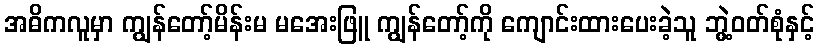
အဓိကလူမှာ ကျွန်တော့်မိန်းမ မအေးဖြူ ကျွန်တော့်ကို ကျောင်းထားပေးခဲ့သူ ဘွဲ့ဝတ်စုံနှင့်